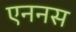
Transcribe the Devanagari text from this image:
एननस